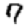
Digit: 7